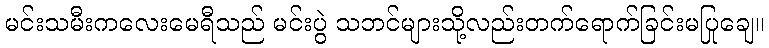
မင်းသမီးကလေးမေရီသည် မင်းပွဲ သဘင်များသို့လည်းတက်ရောက်ခြင်းမပြုချေ။